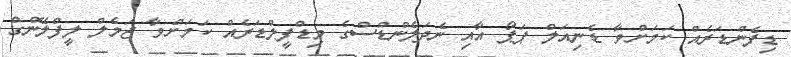
ޑިފެންޑަރެއް ކަމަށްވާ ޑެނިއަލް ޕަޕޯ އާއި ނެދަލެންޑްސްގެ މިޑްފީލްޑަރެއް ކަމަށްވާ ޖަމެލް ލީފްލޭންގް